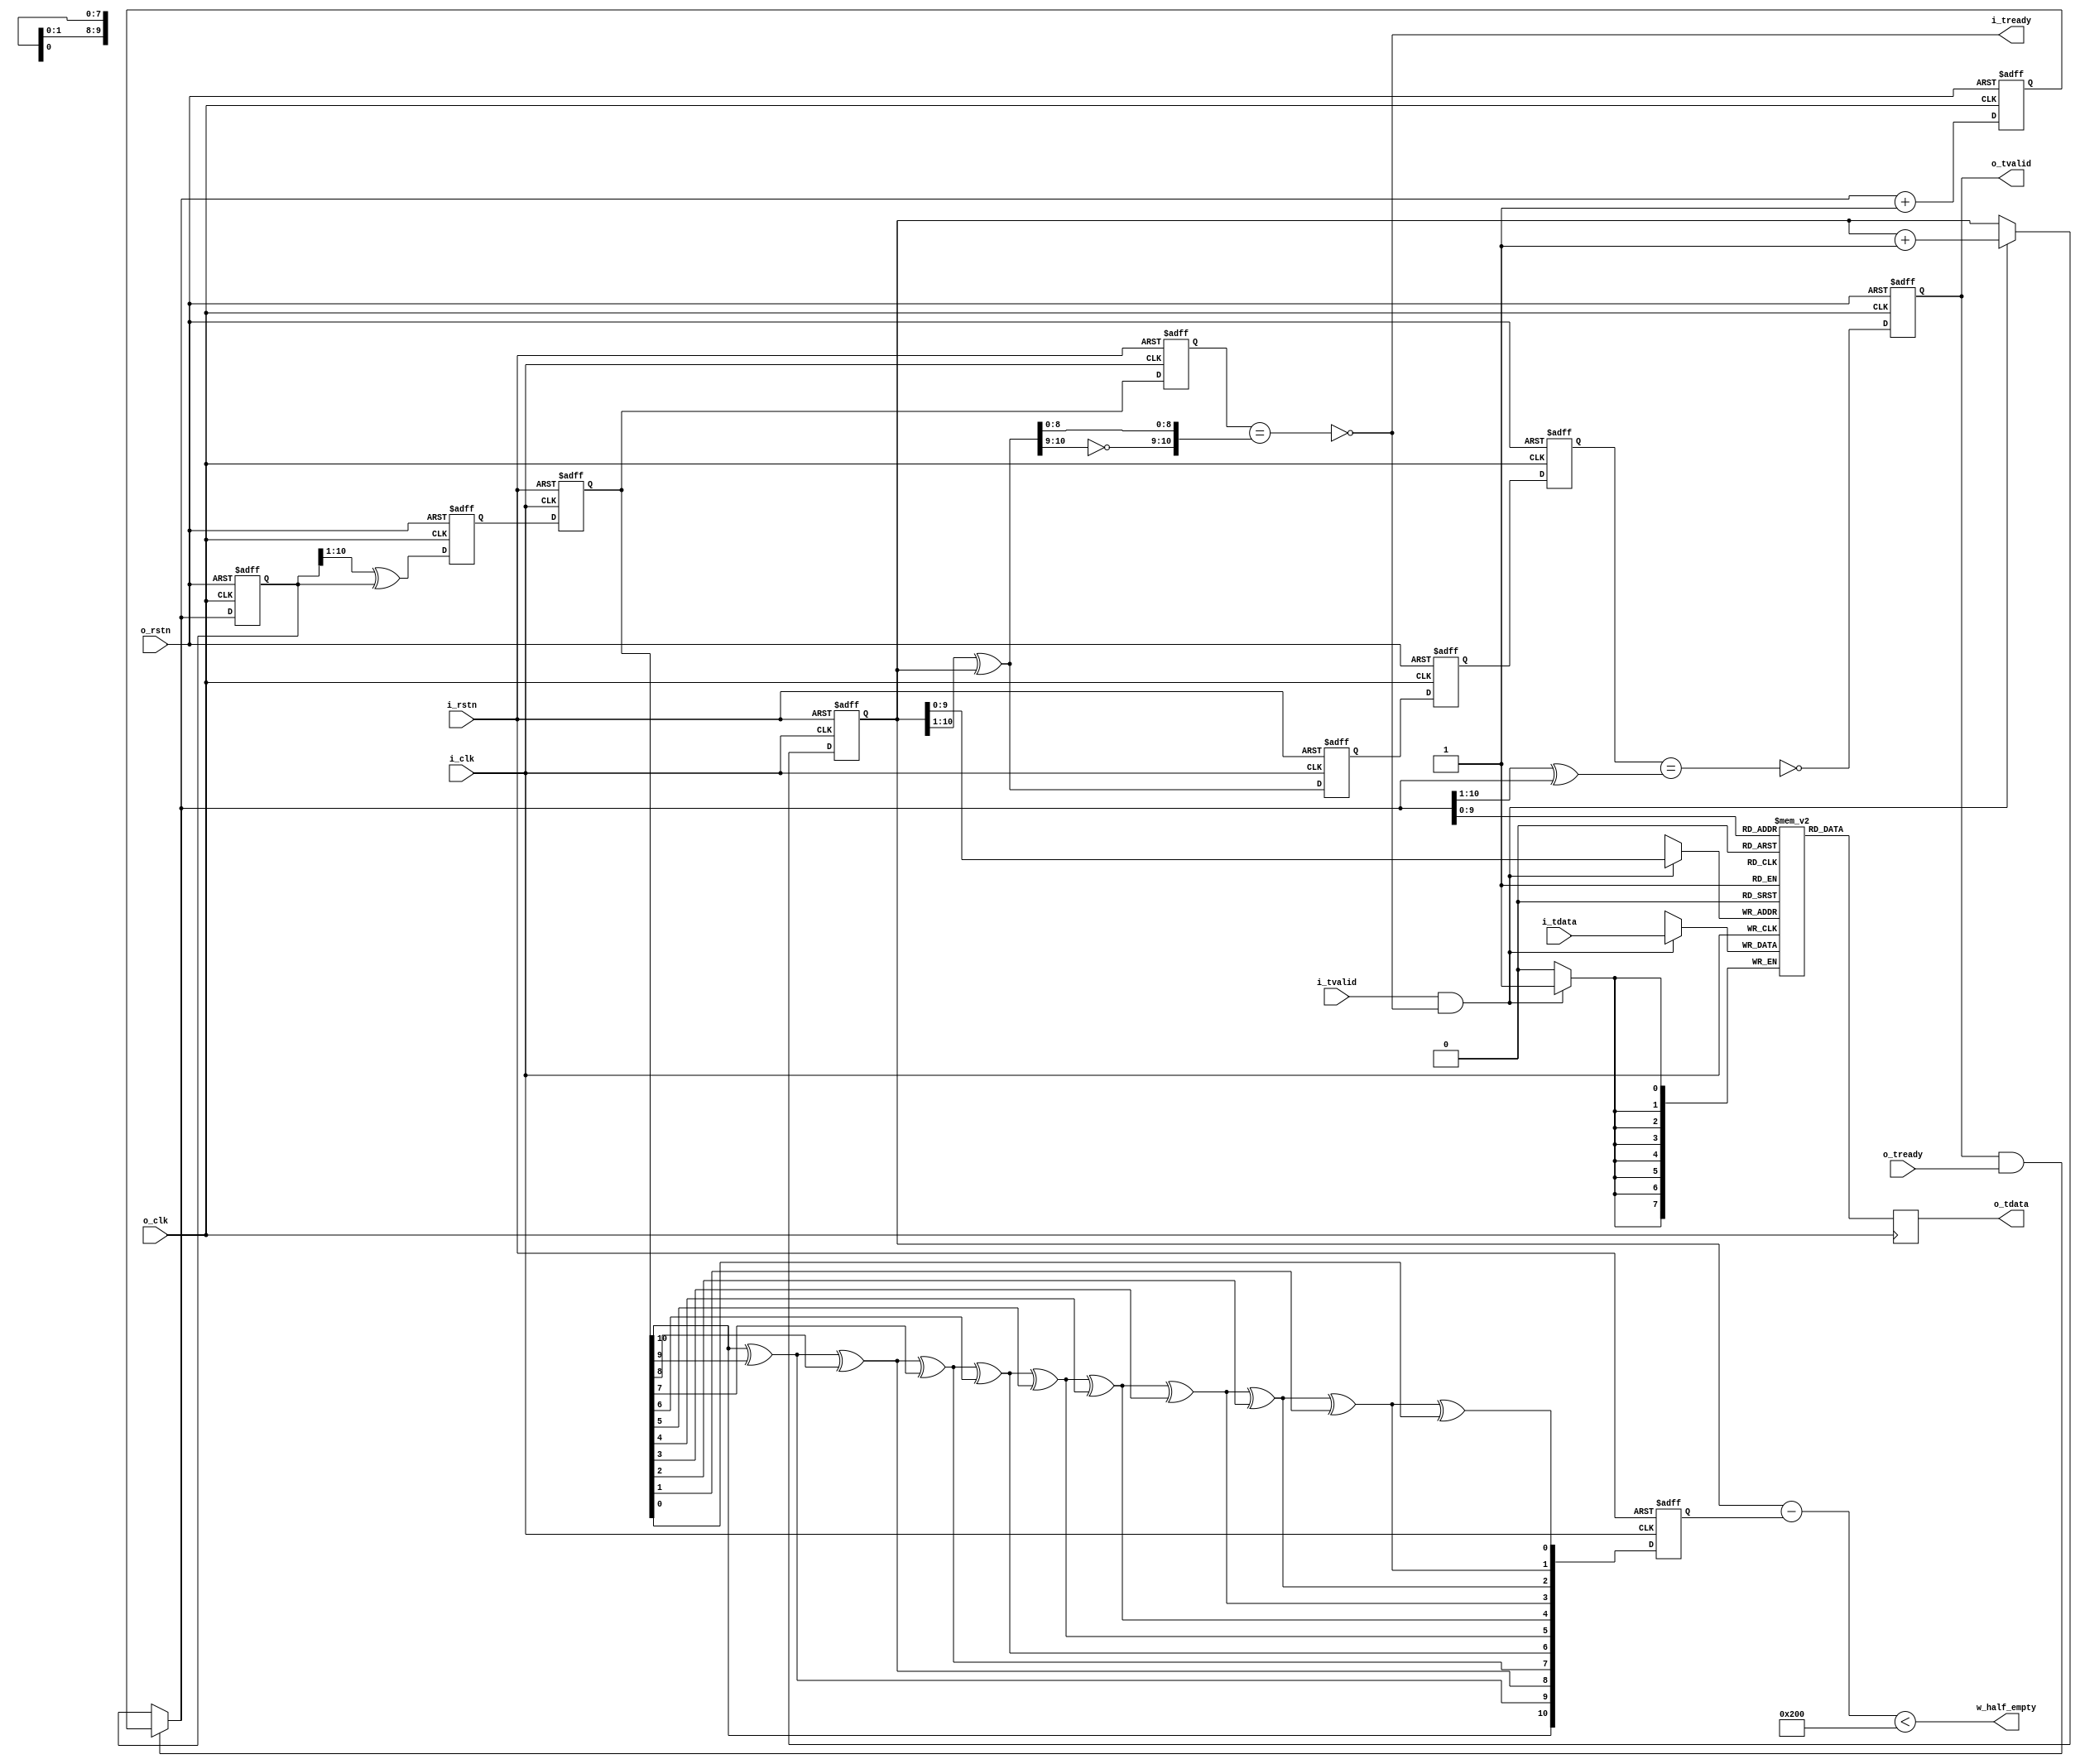

//--------------------------------------------------------------------------------------------------------
// Module  : hdmi_async_fifo
// Type    : synthesizable, IP's sub module
// Standard: Verilog 2001 (IEEE1364-2001)
// Function: cross TMDS data from user's clock domain to HDMI clock domain.
//--------------------------------------------------------------------------------------------------------

module hdmi_async_fifo #(
    parameter            DW = 8,
    parameter            EA = 10
) (
    //
    input  wire          i_rstn,
    input  wire          i_clk,
    output wire          i_tready,
    input  wire          i_tvalid,
    input  wire [DW-1:0] i_tdata,
    //
    input  wire          o_rstn,
    input  wire          o_clk,
    input  wire          o_tready,
    output reg           o_tvalid,
    output reg  [DW-1:0] o_tdata,
    //
    output wire          w_half_empty
);


reg  [DW-1:0] buffer [(1<<EA)-1:0];  // may automatically synthesize to BRAM

reg  [EA:0] wptr=0, wq_wptr_grey=0, rq1_wptr_grey=0, rq2_wptr_grey=0;
reg  [EA:0] rptr=0, rq_rptr_grey=0, wq1_rptr_grey=0, wq2_rptr_grey=0;
reg  [EA:0] rptr_a1 = {{EA{1'b0}}, 1'b1};                                // rptr_a1 always equal to rptr+1, but using register to optimize timing
wire [EA:0] rptr_next = (o_tvalid & o_tready) ? rptr_a1 : rptr;

wire [EA:0] wptr_grey      = (wptr >> 1)      ^ wptr;
wire [EA:0] rptr_grey      = (rptr >> 1)      ^ rptr;
wire [EA:0] rptr_next_grey = (rptr_next >> 1) ^ rptr_next;

always @ (posedge i_clk or negedge i_rstn)
    if(~i_rstn)
        wq_wptr_grey <= 0;
    else
        wq_wptr_grey <= wptr_grey;

always @ (posedge o_clk or negedge o_rstn)
    if(~o_rstn)
        {rq2_wptr_grey, rq1_wptr_grey} <= 0;
    else
        {rq2_wptr_grey, rq1_wptr_grey} <= {rq1_wptr_grey, wq_wptr_grey};

always @ (posedge o_clk or negedge o_rstn)
    if(~o_rstn)
        rq_rptr_grey <= 0;
    else
        rq_rptr_grey <= rptr_grey;

always @ (posedge i_clk or negedge i_rstn)
    if(~i_rstn)
        {wq2_rptr_grey, wq1_rptr_grey} <= 0;
    else
        {wq2_rptr_grey, wq1_rptr_grey} <= {wq1_rptr_grey, rq_rptr_grey};

wire w_full  = (wq2_rptr_grey == {~wptr_grey[EA:EA-1], wptr_grey[EA-2:0]} );
wire r_empty = (rq2_wptr_grey == rptr_next_grey                           );

assign i_tready = ~w_full;



always @ (posedge i_clk or negedge i_rstn)
    if(~i_rstn) begin
        wptr <= 0;
    end else begin
        if(i_tvalid & ~w_full)
            wptr <= wptr + {{EA{1'b0}}, 1'b1};
    end

always @ (posedge i_clk)
    if(i_tvalid & ~w_full)
        buffer[wptr[EA-1:0]] <= i_tdata;



initial o_tvalid = 1'b0;

always @ (posedge o_clk or negedge o_rstn)
    if (~o_rstn) begin
        rptr     <= 0;
        rptr_a1  <= {{EA{1'b0}}, 1'b1};
        o_tvalid <= 1'b0;
    end else begin
        rptr     <= rptr_next;
        rptr_a1  <= rptr_next + {{EA{1'b0}}, 1'b1};
        o_tvalid <= ~r_empty;
    end

always @ (posedge o_clk)
    o_tdata <= buffer[rptr_next[EA-1:0]];



/////////////////////////////////////////////////////////////////////////////////////////////
// judge half full
/////////////////////////////////////////////////////////////////////////////////////////////

function  [EA:0] gray_to_binary;
    input [EA:0] gray;
    integer i;
begin
    gray_to_binary[EA] = gray[EA];
    for (i = EA-1; i >= 0; i = i - 1) begin
        gray_to_binary[i] = gray_to_binary[i+1] ^ gray[i];
    end
end
endfunction

wire [EA-2:0] TMP = 0;
wire [EA:0] PTR_QUARTER = {2'b01, TMP};

reg  [EA:0] wq2_rptr = 0;

always @ (posedge i_clk or negedge i_rstn)
    if (~i_rstn)
        wq2_rptr <= 0;
    else
        wq2_rptr <= gray_to_binary(wq1_rptr_grey);

wire [EA:0] wr_delta = wptr - wq2_rptr;
assign w_half_empty = (wr_delta < PTR_QUARTER);

endmodule